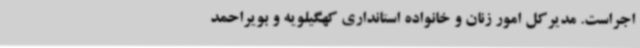
اجراست. مدیرکل امور زنان و خانواده استانداری کهگیلویه و بویراحمد